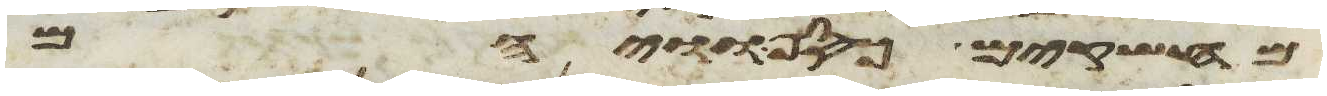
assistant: מחשקים כסף וויהם